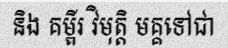
និង គម្ពីរ វិមុត្តិ មគ្គទៅជា